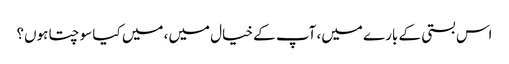
اس بستی کے بارے میں، آپ کے خیال میں، میں کیا سوچتا ہوں؟